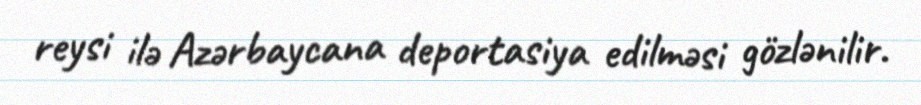
reysi ilə Azərbaycana deportasiya edilməsi gözlənilir.